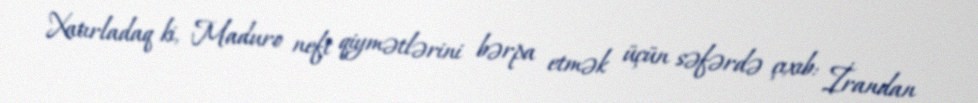
Xatırladaq ki, Maduro neft qiymətlərini bərpa etmək üçün səfərdə çıxıb: İrandan